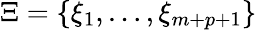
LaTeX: \Xi=\{ \xi_{1},\ldots,\xi_{m+p+1}\}